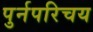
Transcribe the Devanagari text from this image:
पुर्नपरिचय